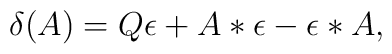
\delta(A)=Q\epsilon+A*\epsilon-\epsilon*A,